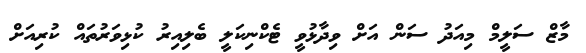
މާޒް ސަލީމް މިއަދު ސަން އަށް ވިދާޅުވީ ޓެކްނިކަލީ ބެލިއިރު ކުޅިވަރުތައް ކުރިއަށް